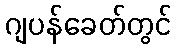
ဂျပန်ခေတ်တွင်